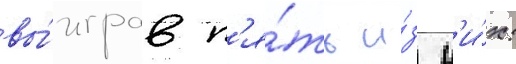
вы́играв п'я́ть и́з н'и́х: